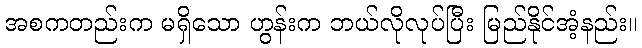
အစကတည်းက မရှိသော ဟွန်းက ဘယ်လိုလုပ်ပြီး မြည်နိုင်အံ့နည်း။